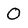
Character: O